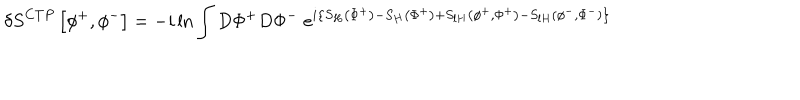
\delta S ^ { C T P } \left[ \phi ^ { + } , \phi ^ { - } \right] = - i \ln \int D \Phi ^ { + } D \Phi ^ { - } \; e ^ { i \left\{ S _ { H } \left( \Phi ^ { + } \right) - S _ { H } \left( \Phi ^ { + } \right) + S _ { l H } \left( \phi ^ { + } , \Phi ^ { + } \right) - S _ { l H } \left( \phi ^ { - } , \Phi ^ { - } \right) \right\} }